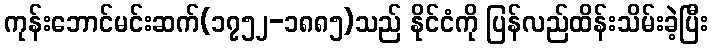
ကုန်းဘောင်မင်းဆက်(၁၇၅၂-၁၈၈၅)သည် နိုင်ငံကို ပြန်လည်ထိန်းသိမ်းခဲ့ပြီး